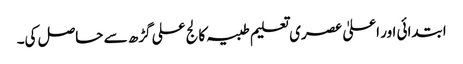
ابتدائی اور اعلیٰ عصری تعلیم طبیہ کالج علی گڑھ سے حاصل کی۔